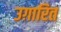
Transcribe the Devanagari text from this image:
उग़ारित